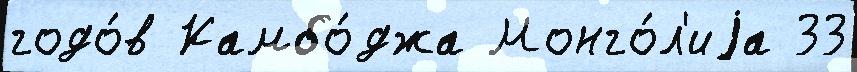
годо́в Камбо́джа Монго́л'иjа 33